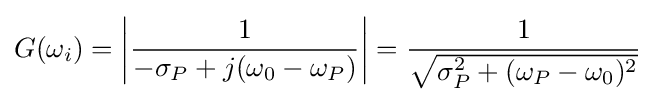
G(\omega _{i})=\left|{\frac {1}{-\sigma _{P}+j(\omega _{0}-\omega _{P})}}\right|={\frac {1}{\sqrt {\sigma _{P}^{2}+(\omega _{P}-\omega _{0})^{2}}}}